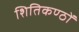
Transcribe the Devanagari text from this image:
शितिकण्ठों